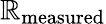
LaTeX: \mathbb{R}_{\mathrm{{{measured}}}}